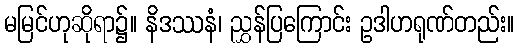
မမြင်ဟုဆိုရာ၌။ နိဒဿနံ၊ ညွှန်ပြကြောင်း ဥဒါဟရုဏ်တည်း။